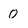
Character: 0